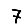
Digit: 7